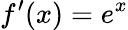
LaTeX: f^{\prime}(x)=e^{x}